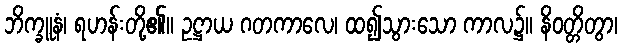
ဘိက္ခူနံ၊ ရဟန်းတို့၏။ ဥဋ္ဌာယ ဂတကာလေ၊ ထ၍သွားသော ကာလ၌။ နိဝတ္တိတွာ၊